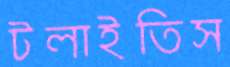
টলাইতিস